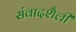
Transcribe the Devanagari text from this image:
संवादशैली